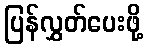
ပြန်လွှတ်ပေးဖို့